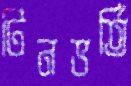
টিনভর্তি